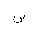
Letter: _sin